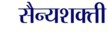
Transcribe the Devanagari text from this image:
सैन्यशक्ती